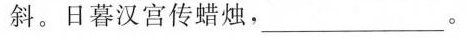
斜。日暮汉宫传蜡烛，___。